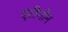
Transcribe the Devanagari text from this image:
एंटीगोन